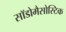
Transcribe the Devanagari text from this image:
सॉडोमैसोस्टिक